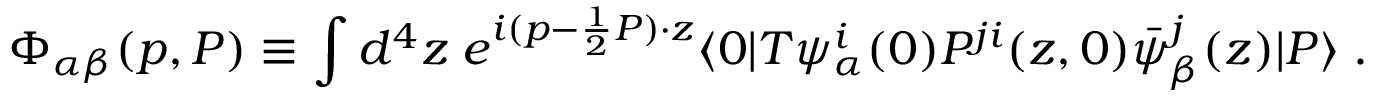
\Phi _ { \alpha \beta } ( p , P ) \equiv \int d ^ { 4 } z \; e ^ { i ( p - { \frac { 1 } { 2 } } P ) \cdot z } \langle 0 | T \psi _ { \alpha } ^ { i } ( 0 ) P ^ { j i } ( z , 0 ) \bar { \psi } _ { \beta } ^ { j } ( z ) | P \rangle \; .